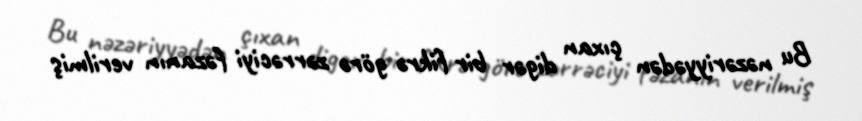
Bu nəzəriyyədən çıxan digər bir fikrə görə zərrəciyi fəzanın verilmiş